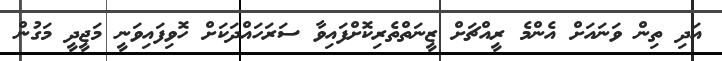
އަދި ތިން ވަނައަށް އެންމެ ރީއްޗަށް ޒީނަތްތެރިކޮށްފައިވާ ސަރަހައްދަކަށް ހޮވިފައިވަނީ މަޖީދީ މަގުން